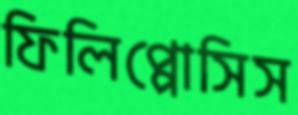
ফিলিপ্পোসিস